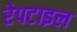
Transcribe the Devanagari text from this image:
रेपटाइल